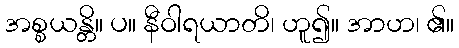
အစ္စယန္တိ။ ပ။ နီဝါရယာတိ၊ ဟူ၍။ အာဟ၊ ၏။